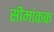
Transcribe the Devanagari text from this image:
सीमांकक